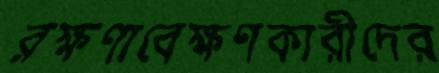
রক্ষণাবেক্ষণকারীদের